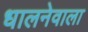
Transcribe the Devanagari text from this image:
धालनेवाला